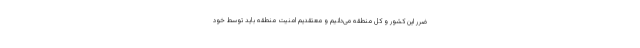
ضرر این کشور و کل منطقه می‌دانیم و معتقدیم امنیت منطقه باید توسط خود